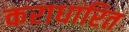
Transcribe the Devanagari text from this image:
कराधारित